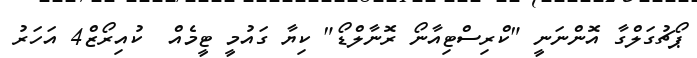
ޕޯޗުގަލްގާ އޮންނަނީ "ކްރިސްޓިއާނޯ ރޮނާލްޑޯ" ކިޔާ ގައުމީ ޓީމެއް  ކުއިރޯޒް4 އަހަރު